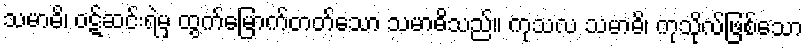
သမာဓိ၊ ဝဋ်ဆင်းရဲမှ ထွက်မြောက်တတ်သော သမာဓိသည်။ ကုသလ သမာဓိ၊ ကုသိုလ်ဖြစ်သော